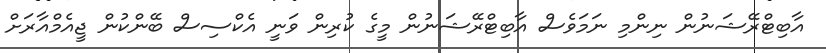
އާބިޓްރޭޝަނުން ނިންމި ނަމަވެސް އާބިޓްރޭޝަނުން މީގެ ކުރިން ވަނީ އެކްސިސް ބޭންކުން ޖީއެމްއާރަށް